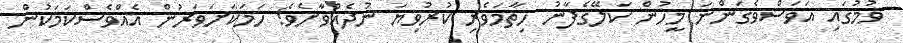
ވުމުގައި އަވަސްވެގަންނަ މީހުން ކަލޭގެފާނު ހިތާމަވެރި ކުރުވިޔަ ނުދެއްވާށެވެ! ހަމަކަށަވަރުން އެއްވެސްކަމަކުން